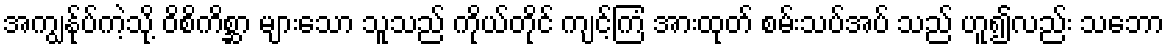
အကျွန်ုပ်ကဲ့သို့ ဝိစိကိစ္ဆာ များသော သူသည် ကိုယ်တိုင် ကျင့်ကြံ အားထုတ် စမ်းသပ်အပ် သည် ဟူ၍လည်း သဘော